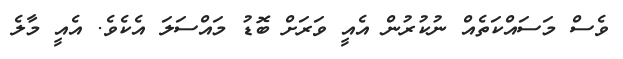
ވެސް މަސައްކަތެއް ނުކުރުން އެއީ ވަރަށް ބޮޑު މައްސަލަ އެކެވެ. އެއީ މާލެ